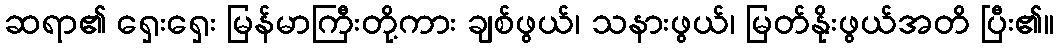
ဆရာ၏ ရှေးရှေး မြန်မာကြီးတို့ကား ချစ်ဖွယ်၊ သနားဖွယ်၊ မြတ်နိုးဖွယ်အတိ ပြီး၏။